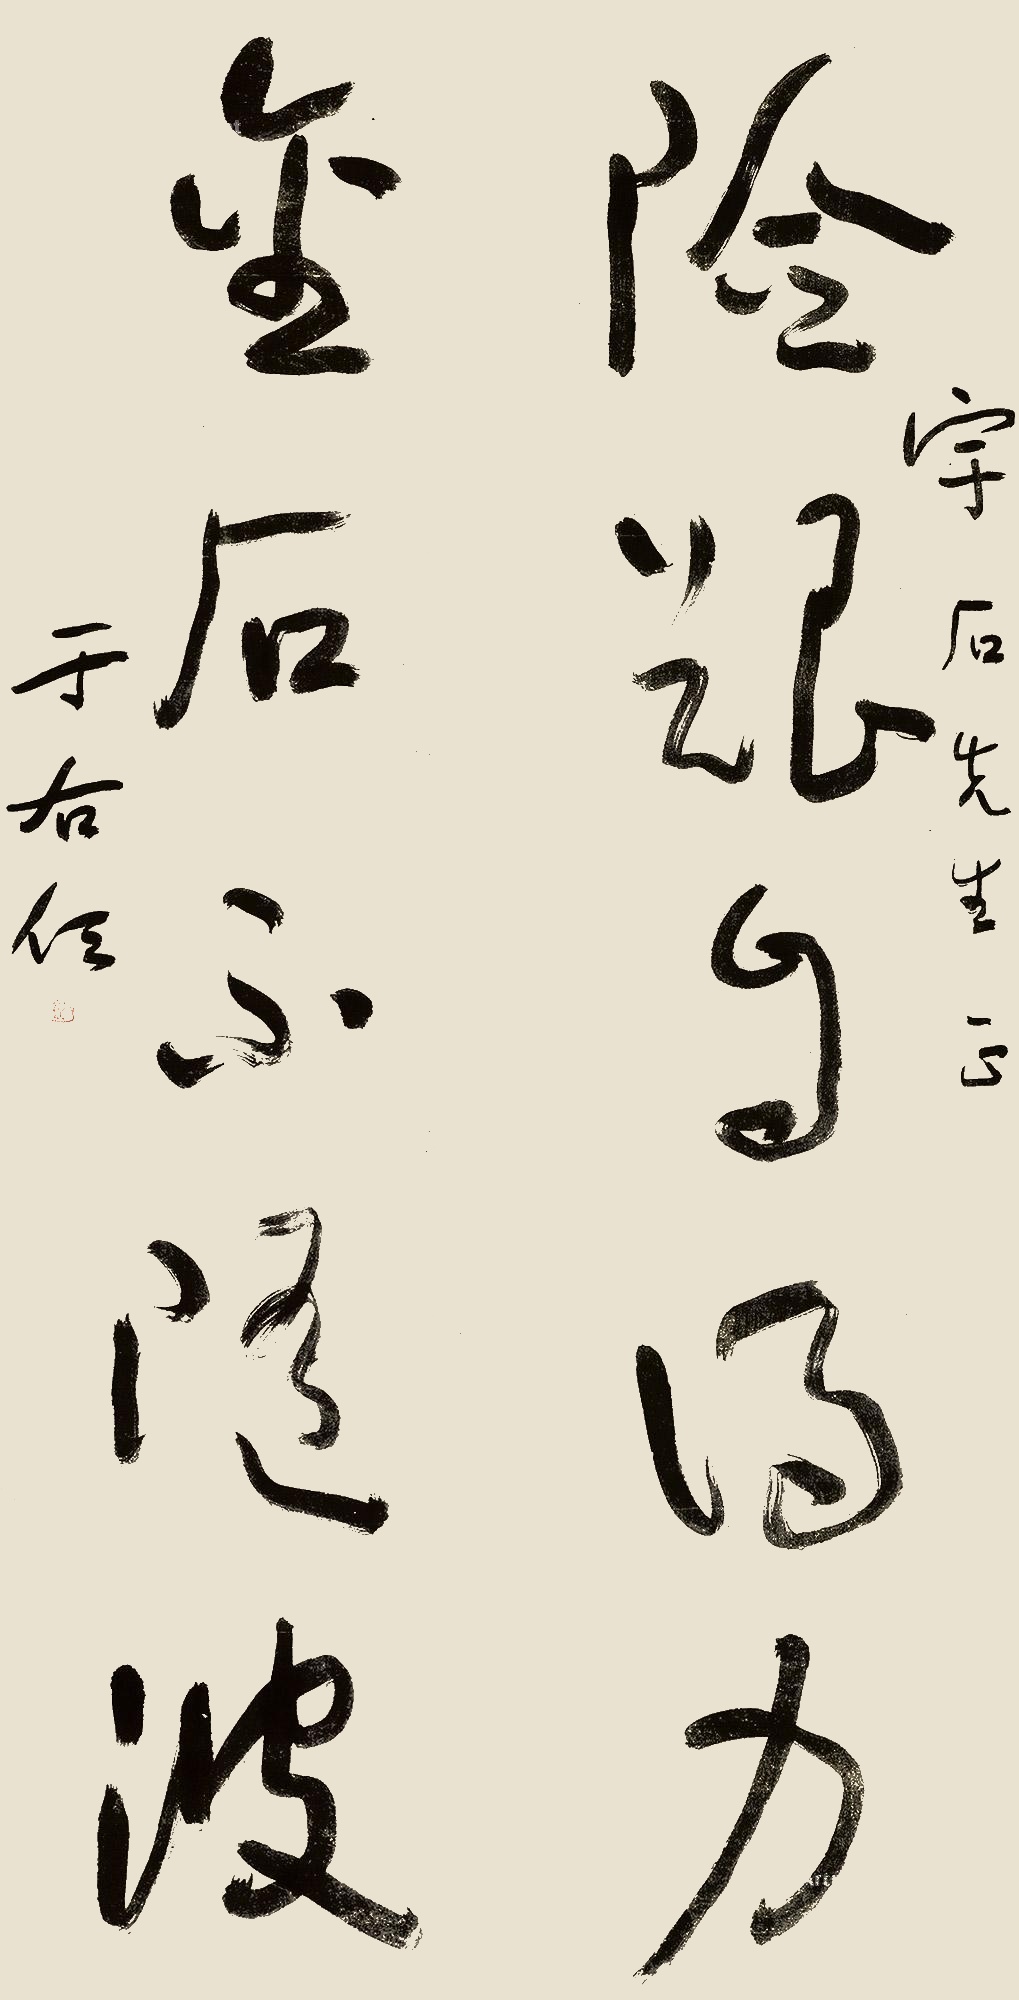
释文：险艰自得力，金石不随波。宇石先生正，于右任。